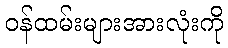
ဝန်ထမ်းများအားလုံးကို